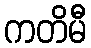
ကတိမီ